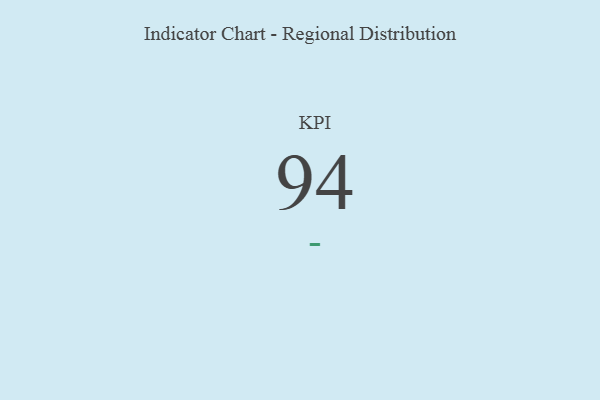
{"axis": {"x": "KPI", "y": "Value"}, "legend": [""], "data": [{"x": "KPI", "y": 94, "type": ""}]}